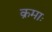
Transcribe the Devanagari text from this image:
क्रमाः